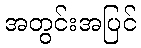
အတွင်းအပြင်